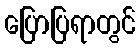
ပြောပြရာတွင်